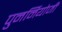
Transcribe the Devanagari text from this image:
पुनर्नियोजी